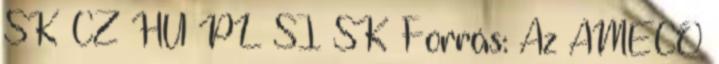
SK CZ HU PL SI SK Forrás: Az AMECO